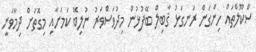
ސްކޫލްތައް ހިންގަން ރަނގަޅު ޤާބިލް ބޭފުޅުން މިދުވަސްވަރު ނުލިބޭ ކަމަށާއި މިގޮތަށް ދިމާވަނީ